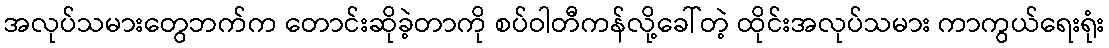
အလုပ်သမားတွေဘက်က တောင်းဆိုခဲ့တာကို စပ်ဝါတီကန်လို့ခေါ်တဲ့ ထိုင်းအလုပ်သမား ကာကွယ်ရေးရုံး